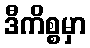
ဒီကိစ္စမှာ